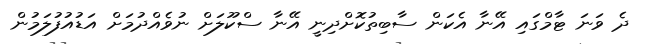
ދެ ވަނަ ޓާމްގައި އޭނާ އެކަން ސާބިތުކޮށްދިނީ އޭނާ ސްކޫލަށް ނުވެއްދުމަށް އަޑުއުފުލަމުން